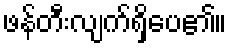
ဖန်တီးလျက်ရှိပေ၏။